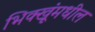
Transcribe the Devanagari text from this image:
भिक्खूंमधील